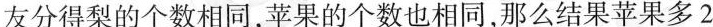
友分得梨的个数相同，苹果的个数也相同，那么结果苹果多2